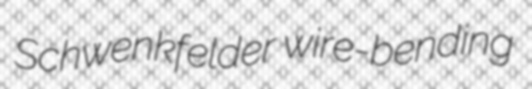
Schwenkfelder wire-bending